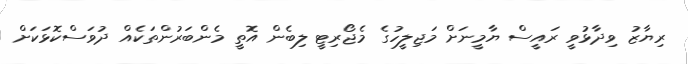
ރިޔާޒު ވިދާޅުވީ ރައީސް ޔާމީނަށް މަޖިލީހުގެ މެޖޯރިޓީ ލިބެން އޮތީ މެންބަރުންތަކެއް ދުވަސްކޮޅަކަށް